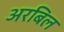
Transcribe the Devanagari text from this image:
अरबिल